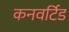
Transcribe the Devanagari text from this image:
कनवर्टिड